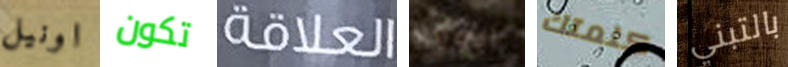
اونيل تكون العلاقة الأوردة كلمتك بالتبني